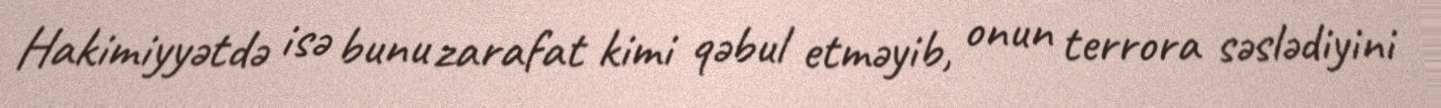
Hakimiyyətdə isə bunu zarafat kimi qəbul etməyib, onun terrora səslədiyini